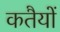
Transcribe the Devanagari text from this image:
कतैयों